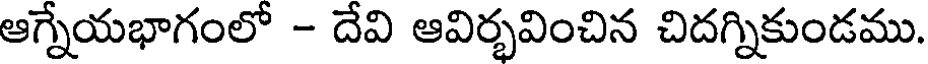
ఆగ్నేయభాగంలో - దేవి ఆవిర్భవించిన చిదగ్నికుండము.